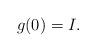
LaTeX: \begin{align*}g(0)=I.\end{align*}